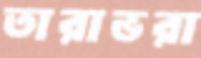
তারাভরা